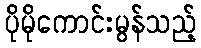
ပိုမိုကောင်းမွန်သည့်